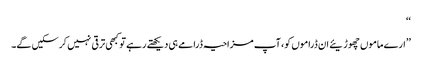
‘‘
’’ارے ماموں چھوڑیئے ان ڈراموں کو، آپ مزاحیہ ڈرامے ہی دیکھتے رہے تو کبھی ترقی نہیں کرسکیں گے۔